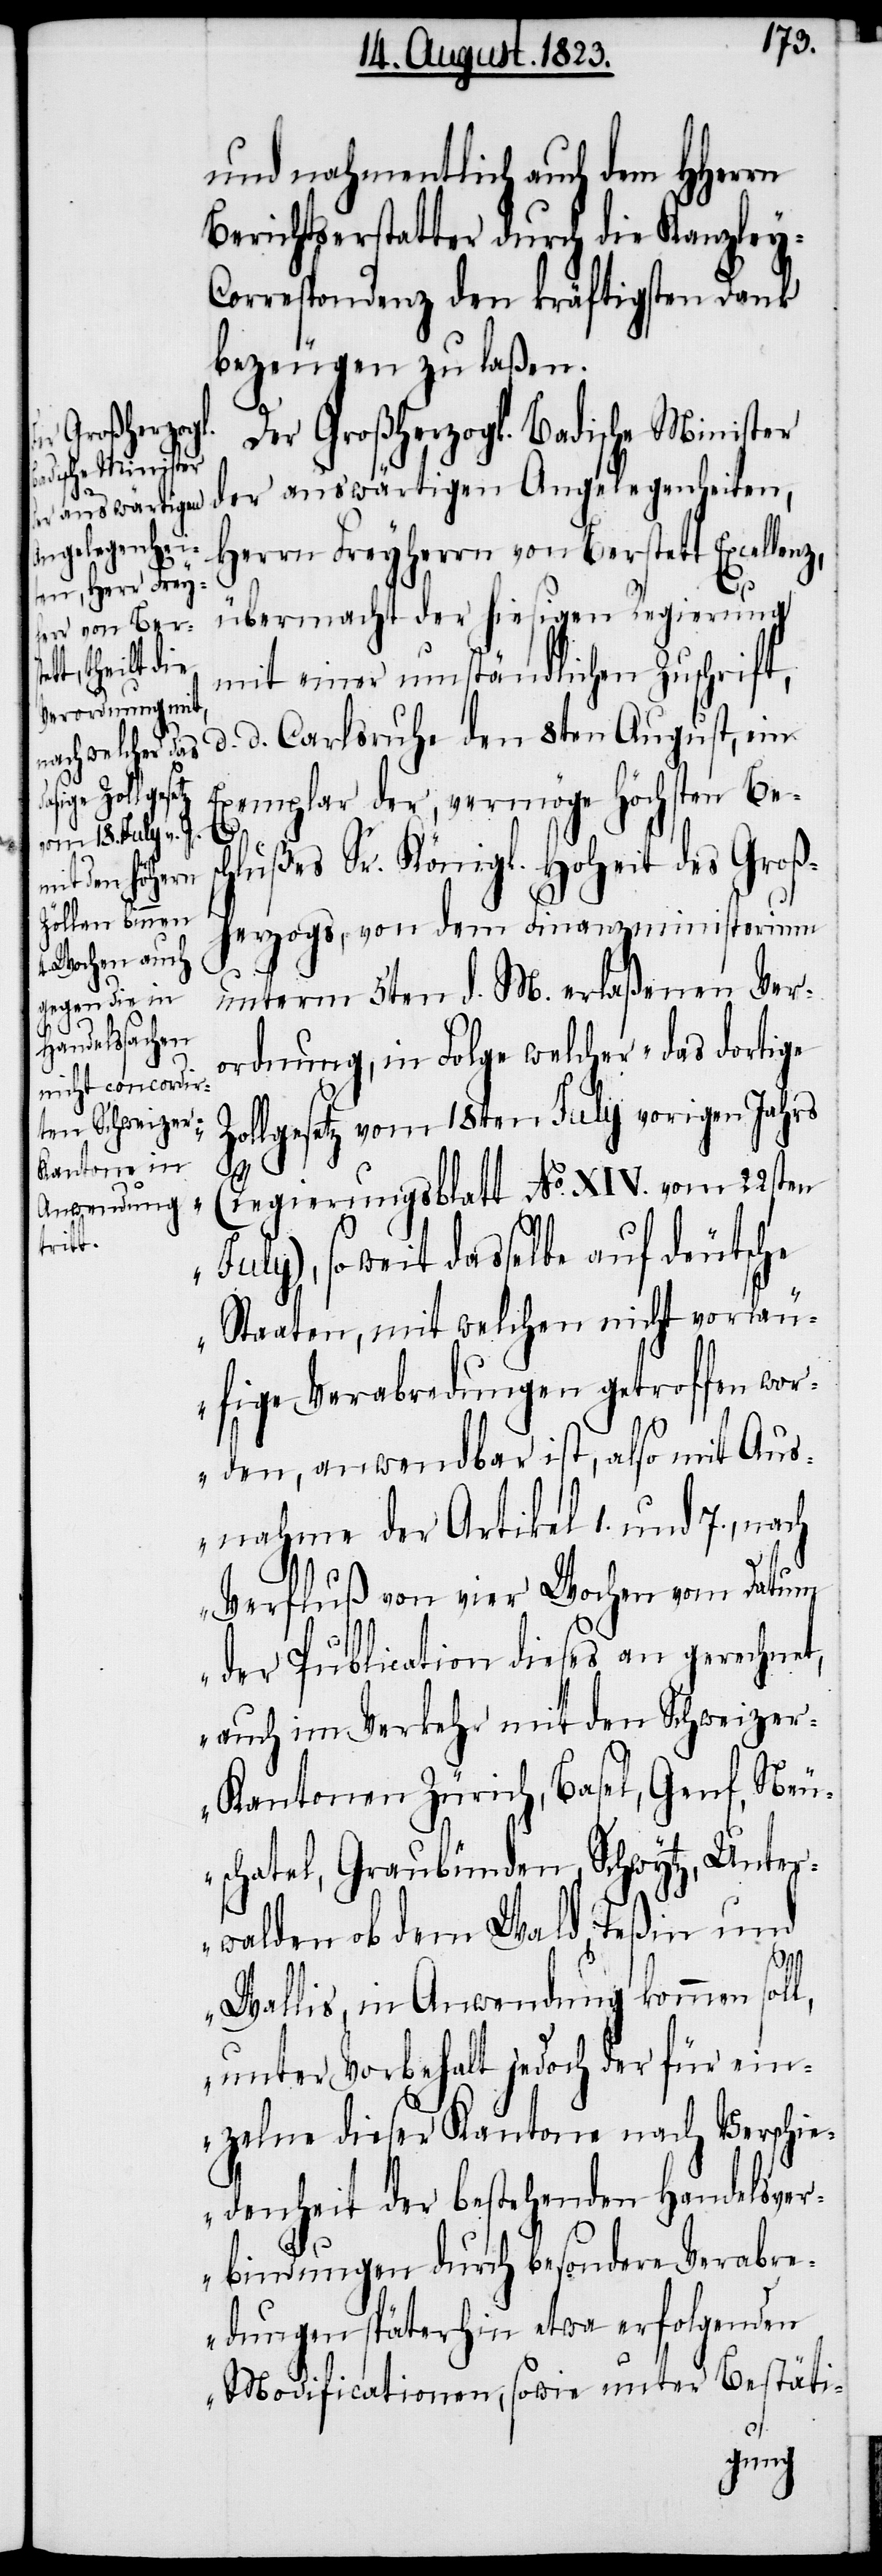
und nahmentlich auch dem HHerrn
Berichtserstatter durch die Kanzley-C¬
orrespondenz den kräftigsten Dank
bezeugen zu laßen.
Der Großherzogl. Badische Minister
der auswärtigen Angelegenheiten,
Herrn Freyherrn von Berstett Excellenz,
übermacht der hiesigen Regierung
mit einer umständlichen Zuschrift,
d. d. Carlsruhe den 8ten August, ein
Exemplar der, vermöge Höchsten Be¬
hlußes Sr. Königl. Hoheit des Groß¬
herzogs, von dem Finanzministerium
unterm 5ten d. M. erlaßenen Ver¬
ordnung, in Folge welcher „das dortige
Z¬
ollgesetz vom 18ten July vorigen Jahrs
sc¬
(Regierungsblatt No. XIV. vom 22sten
July), soweit dasselbe auf deutsche
Staaten, mit welchen nicht vorläu¬
fige Verabredungen getroffen wor¬
den, anwendbar ist, also mit Aus¬
nahme der Artikel 1. und 7., nach
Verfluß von vier Wochen vom Datum
der Publication dieses an gerechnet,
auch im Verkehr mit den Schweize¬
r-Kantonen Zürich, Basel, Genf, Neu¬
schatel, Graubünden, Schwytz, Unter¬
walden ob dem Wald, Teßin und
Wallis, in Anwendung kommen soll,
unter Vorbehalt jedoch der für ein¬
zelne dieser Kantone nach Verschi¬
edenheit der bestehenden Handelsver¬
bindungen durch besondere Verabre¬
dungen späterhin etwa erfolgenden
Modificationen, sowie unter Bestäti-